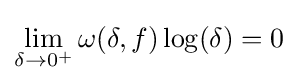
\lim _{\delta \rightarrow 0^{+}}\omega (\delta ,f)\log(\delta )=0